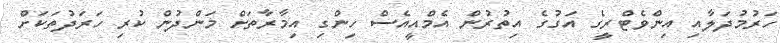
ހަރުމުދަލާއި އިންވެޓްރީގެ އަގުގެ އިތުރުން އެމްއީއެސް ހިންގި އިމާރާތަށް މަންދުން ކުރި ހަރަދުތަކަށް